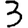
Digit: 3